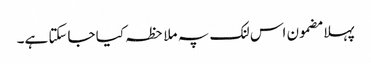
پہلا مضمون اس لنک پہ ملاحظہ کیا جاسکتا ہے۔